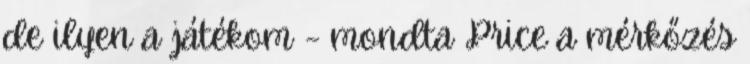
de ilyen a játékom – mondta Price a mérkőzés